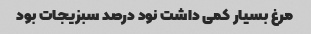
مرغ بسیار کمی داشت نود درصد سبزیجات بود